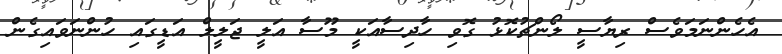
އެހެންނަމަވެސް ރިޔާސީ ލޯންޗުކޮޅު ގޮވި ހާދިސާއަކީ މޫސާ އަލީ ޖަލީލް އަޑީގައި ހުންނަވައިގެން